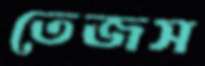
তেজস